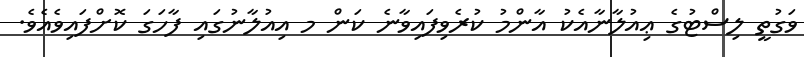
ވަގުތީ ލިސްޓުގެ ޢިއުލާނާއެކު އާންމު ކުރެވިފައިވާނެ ކަން މ އިއުލާނުގައި ފާހަގަ ކޮށްފައިވެއެވެ.